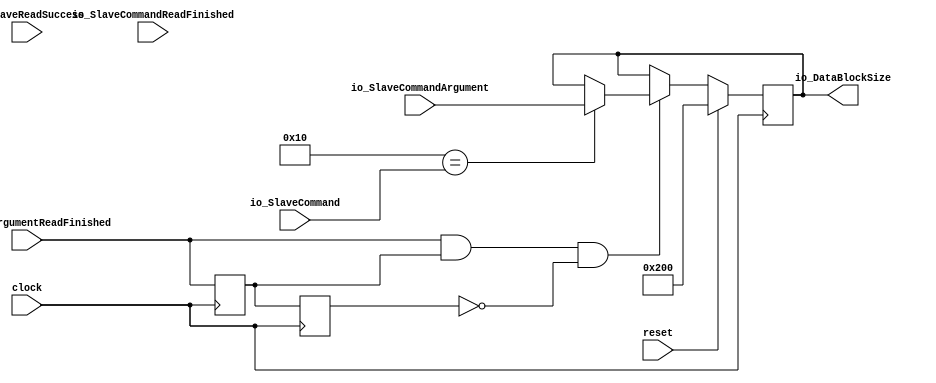
module SpiController(
  input         clock,
  input         reset,
  input  [5:0]  io_SlaveCommand,
  input  [31:0] io_SlaveCommandArgument,
  input         io_SlaveCommandReadFinished,
  input         io_SlaveArgumentReadFinished,
  input         io_SlaveReadSuccess,
  output [31:0] io_DataBlockSize
);
  reg [31:0] dataBlockSize; // @[SpiController.scala 19:32]
  reg [31:0] _RAND_0;
  reg  _T; // @[SpiController.scala 8:27]
  reg [31:0] _RAND_1;
  wire  _T_1; // @[SpiController.scala 9:11]
  reg  _T_2; // @[SpiController.scala 9:30]
  reg [31:0] _RAND_2;
  wire  _T_3; // @[SpiController.scala 9:22]
  wire  _T_4; // @[SpiController.scala 9:19]
  wire  _T_5; // @[Conditional.scala 37:30]
  assign _T_1 = io_SlaveArgumentReadFinished & _T; // @[SpiController.scala 9:11]
  assign _T_3 = _T_2 == 1'h0; // @[SpiController.scala 9:22]
  assign _T_4 = _T_1 & _T_3; // @[SpiController.scala 9:19]
  assign _T_5 = 6'h10 == io_SlaveCommand; // @[Conditional.scala 37:30]
  assign io_DataBlockSize = dataBlockSize; // @[SpiController.scala 21:22]
`ifdef RANDOMIZE_GARBAGE_ASSIGN
`define RANDOMIZE
`endif
`ifdef RANDOMIZE_INVALID_ASSIGN
`define RANDOMIZE
`endif
`ifdef RANDOMIZE_REG_INIT
`define RANDOMIZE
`endif
`ifdef RANDOMIZE_MEM_INIT
`define RANDOMIZE
`endif
`ifndef RANDOM
`define RANDOM $random
`endif
`ifdef RANDOMIZE_MEM_INIT
  integer initvar;
`endif
initial begin
  `ifdef RANDOMIZE
    `ifdef INIT_RANDOM
      `INIT_RANDOM
    `endif
    `ifndef VERILATOR
      `ifdef RANDOMIZE_DELAY
        #`RANDOMIZE_DELAY begin end
      `else
        #0.002 begin end
      `endif
    `endif
  `ifdef RANDOMIZE_REG_INIT
  _RAND_0 = {1{`RANDOM}};
  dataBlockSize = _RAND_0[31:0];
  `endif // RANDOMIZE_REG_INIT
  `ifdef RANDOMIZE_REG_INIT
  _RAND_1 = {1{`RANDOM}};
  _T = _RAND_1[0:0];
  `endif // RANDOMIZE_REG_INIT
  `ifdef RANDOMIZE_REG_INIT
  _RAND_2 = {1{`RANDOM}};
  _T_2 = _RAND_2[0:0];
  `endif // RANDOMIZE_REG_INIT
  `endif // RANDOMIZE
end
  always @(posedge clock) begin
    if (reset) begin
      dataBlockSize <= 32'h200;
    end else begin
      if (_T_4) begin
        if (_T_5) begin
          dataBlockSize <= io_SlaveCommandArgument;
        end
      end
    end
    _T <= io_SlaveArgumentReadFinished;
    _T_2 <= _T;
  end
endmodule